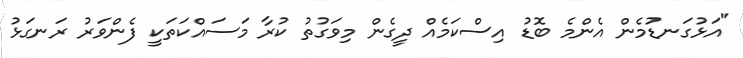
"އަޅުގަނޑުމެން އެންމެ ބޮޑު އިސްކަމެއް ދީގެން މިވަގުތު ކުރާ މަސައްކަތަކީ ފެންވަރު ރަނގަޅު